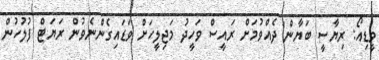
ވީޑިއޯ: ރިޔާސީ ބަޔާން ދެއްވުމަށް ރައީސް ވަހީދު މަޖިލީހަށް ވަޑައިގެންނެވުން ރަޔަޓް ފުލުހުން